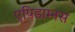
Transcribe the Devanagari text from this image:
एपिडाम्नस